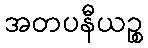
အတပနီယဉ္စ